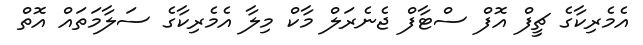
އެމެރިކާގެ ޗީފް އޮފް ސްޓާފް ޖެނެރަލް މާކް މިލާ އެމެރިކާގެ ސަލާމަތައް އޮތް